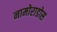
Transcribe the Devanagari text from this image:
नामोराडोस